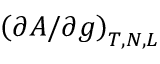
\left( \partial A / \partial g \right) _ { T , N , L }